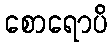
စောရောပိ